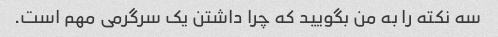
سه نکته را به من بگویید که چرا داشتن یک سرگرمی مهم است.